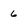
Character: 6